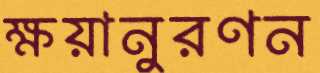
ক্ষয়ানুরণন